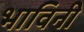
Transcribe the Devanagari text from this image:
भाविनी